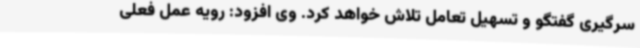
سرگیری گفتگو و تسهیل تعامل تلاش خواهد کرد. وی افزود: رویه عمل فعلی